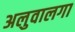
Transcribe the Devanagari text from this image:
अलुवालगा